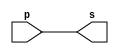
// Exemplo0001 - buffer 
// Nome: Silvino Henrique Santos de Souza 

// ------------------------- 
// -- buffer 
// ------------------------- 
module buffer (output s, input p); 
	assign s = p; 
endmodule // buffer 

// ------------------------- 
// -- test buffer 
// ------------------------- 
module testbuffer; 
	reg a; // definir registrador 
	wire s; // definir conexao (fio) 
	buffer BF1 (s, a); 
	initial begin:start 
		a=0; // valor inicial 
	end 

	initial begin:main 
		$display("Exemplo 0001 - Silvino Henrique Santos de Souza - 412773"); 
		$display("Test buffer:"); 
		$display("\t\ttime\ta = s"); 
	
		$monitor("%d\t%b = %b", $time, a, s); 
		#1 a=1; 
		#2 a=0; 
	end 
endmodule